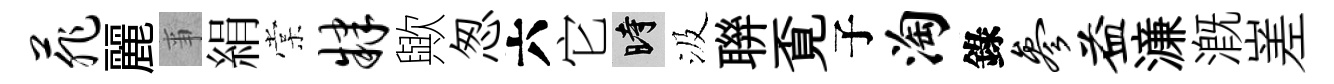
菲麗亊絹棠肄歟怱六它时汲聨覔子淘錄参益濓溉嵳